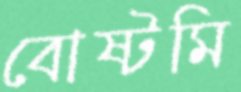
বোষ্টমি